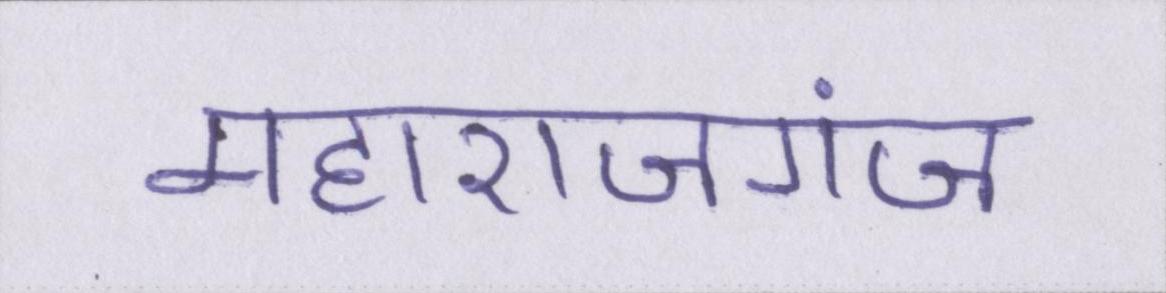
महाराजगंज